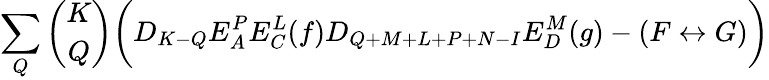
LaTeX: \sum_{Q}{\binom{K}{Q}}\biggl(D_{K-Q}E_{A}^{P}E_{C}^{L}(f)D_{Q+M+L+P+N-I}E_{D}^{M}(g)-(F\leftrightarrow G)\biggr)